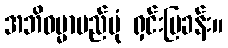
အဘိဓမ္မာမည်ပုံ ရှင်းပြခန်း။